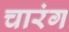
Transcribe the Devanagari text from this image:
चारंग